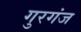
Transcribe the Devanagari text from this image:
गुरगंज